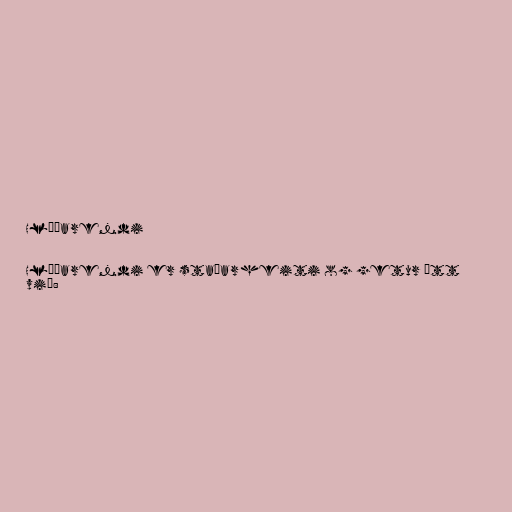
Hlíðarendi

Hlíðarendi er staðarheiti og getur átt
við: